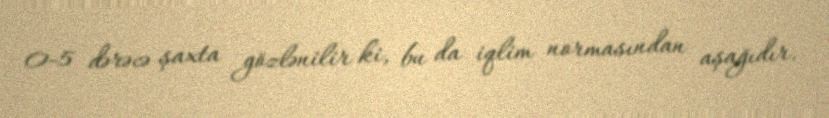
0-5 dərəcə şaxta gözlənilir ki, bu da iqlim normasından aşağıdır.